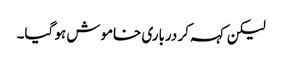
لیکن کہہ کر درباری خاموش ہو گیا۔